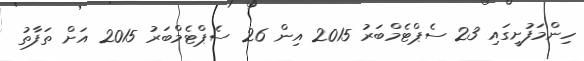
ހިންމަފުށީގައި 23 ސެޕްޓެމްބަރު 2015 އިން 26 ސެޕްޓެމްބަރު 2015 އަށް ތަފާތު